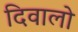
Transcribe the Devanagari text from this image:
दिवालो